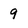
Character: 9